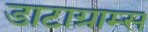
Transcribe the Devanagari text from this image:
डाटाग्राम्स